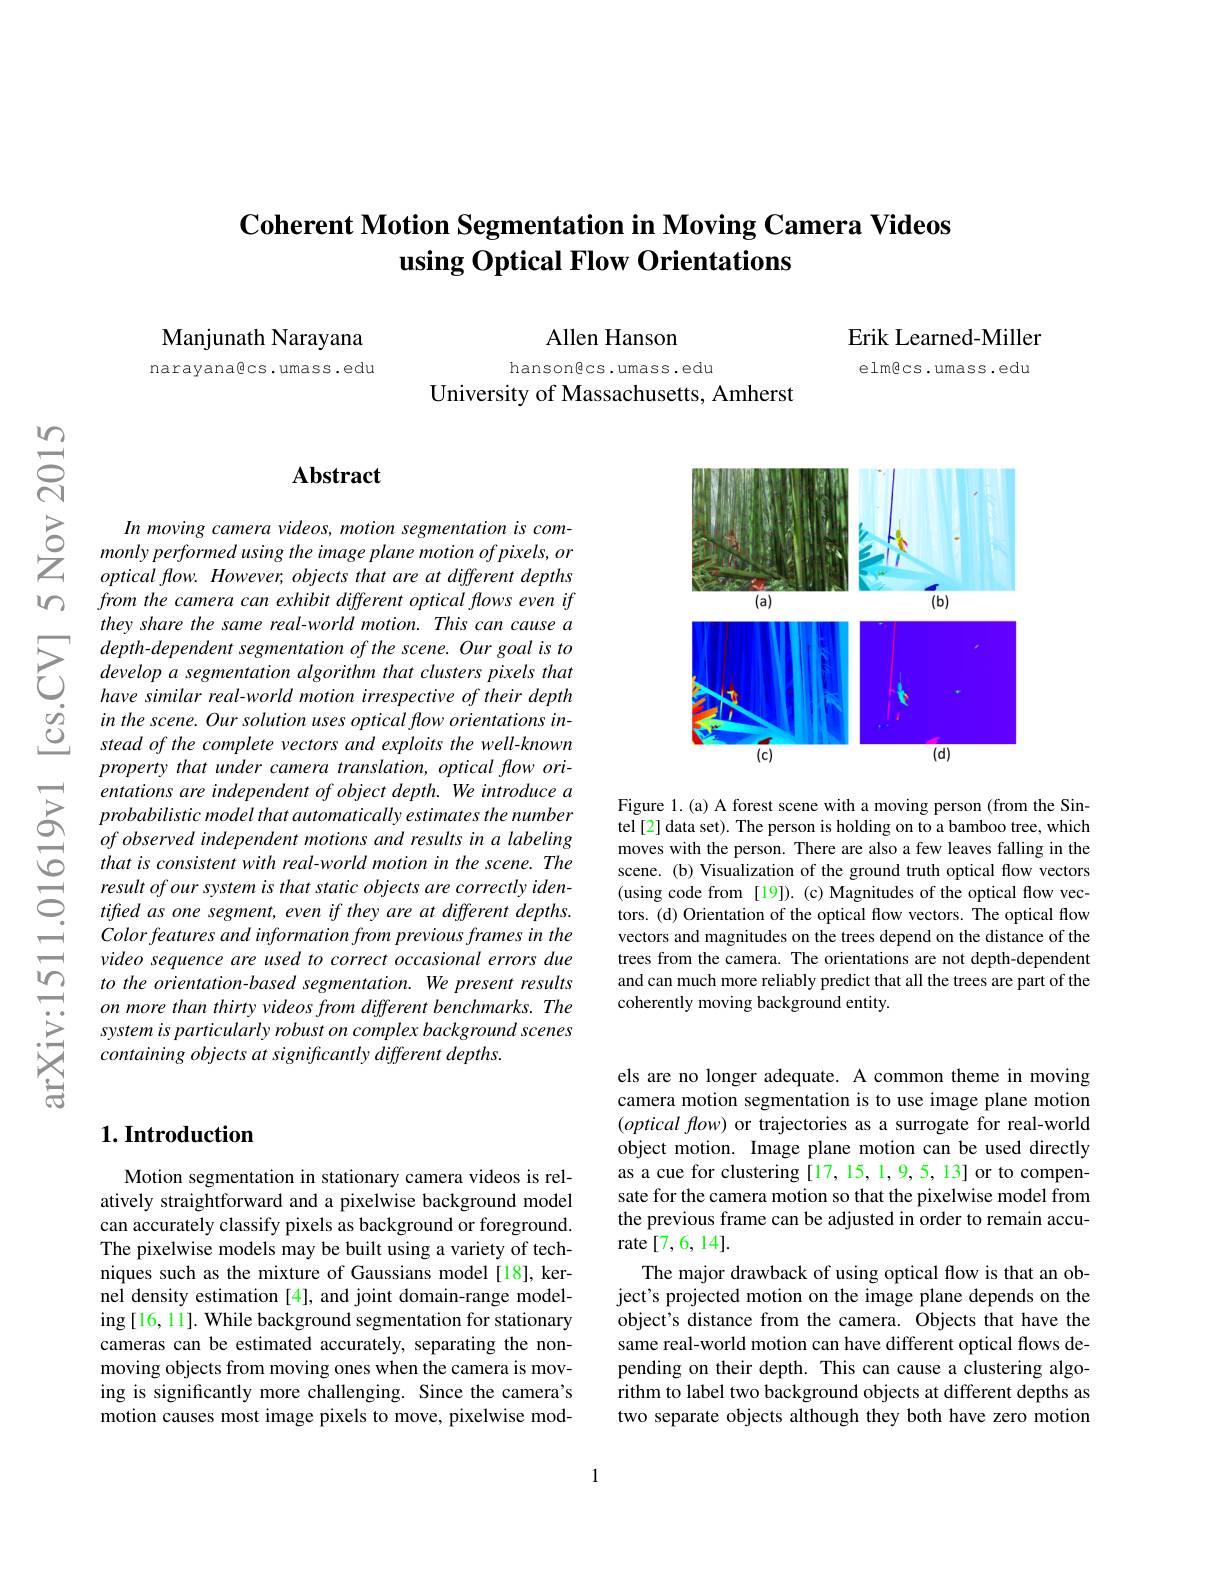
## $\textbf{Coherent Motion Segmentation in Moving Camera Videos}$ using Optical Flow Orientations

Manjunath Narayana

narayana@cs.umass.edu

Allen Hanson

hansongcs.umass.edu
University of Massachusetts, Amherst

Erik Learned-Miller

elmêcs.umass.edu

$ਛੱ$

$w$

## $\mathbf{Abstract}$

$\begin{array}{ccc}\geq&In\:moving\:camera\:videos,\:motion\:segmentation\:is\:com-\\0&\text{monly performed using the image plane motion of pixels, or}\\\sum&optical\:flow.\:However,\:objects\:that\:are\:at\:different\:depths\end{array}$
from the camera can exhibit different optical flows even if they share the same real-world motion. This can cause a
$\sum_{\begin{array}{cc}&\text{depth-dependent segmentation of the scene. Our goal is to}\\&\text{develop a segmentation algorithm that clusters pixels that}\\&\text{have similar real-world motion irrespective of their depth}\end{array}}$
property that under camera translation, optical flow orientations are independent of object depth. We introduce a probabilisticmodel that automatically estimates the number of observed independent motions and results in a labeling that is consistent with real-world motion in the scene. The result of our system is that static objects are correctly identiffed as one segment, even if they are at different depths. Color features and information from previous frames in the video sequence are used to correct occasional errors due to the orientation-based segmentation. We present results on more than thirty videos from different benchmarks. The system is particularly robust on complex background scenes containing objects at significantly different depths.

## $1. \textbf{Introduction}$

Motion segmentation in stationary camera videos is relatively straightforward and a pixelwise background model can accurately classify pixels as background or foreground. The pixelwise models may be built using a variety of techniques such as the mixture of Gaussians model[18], kernel density estimation [4], and joint domain-range modeling [16, 11]. While background segmentation for stationary cameras can be estimated accurately, separating the nonmoving objects from moving ones when the camera is moving is significantly more challenging. Since the camera's motion causes most image pixels to move, pixelwise mod-

<FigureHere>

Figure 1.(a) A forest scene with a moving person (from the Sintel[2] data set). The person is holding on to a bamboo tree, which moves with the person. There are also a few leaves falling in the scene. (b) Visualization of the ground truth optical flow vectors (using code from [19]). (c) Magnitudes of the optical flow vectors. (d) Orientation of the optical flow vectors. The optical flow vectors and magnitudes on the trees depend on the distance of the trees from the camera. The orientations are not depth-dependent and can much more reliably predict that all the trees are part of coherently moving background entity.

els are no longer adequate. A common theme in moving camera motion segmentation is to use image plane motion $( optical\textit{flow) or trajectories as a surrogate for real- world}$ object motion. Image plane motion can be used directly as a cue for clustering [17, 15, 1,9,5, 13] or to compensate for the camera motion so that the pixelwise model from the previous frame can be adjusted in order to remain accurate [7,6,14].
The major drawback of using optical flow is that an object's projected motion on the image plane depends on the object's distance from the camera. Objects that have the same real-world motion can have different optical flows depending on their depth. This can cause a clustering algorithm to label two background objects at different depths as two separate objects although they both have zero motion

1